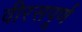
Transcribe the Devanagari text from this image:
वीरसपूर्ण